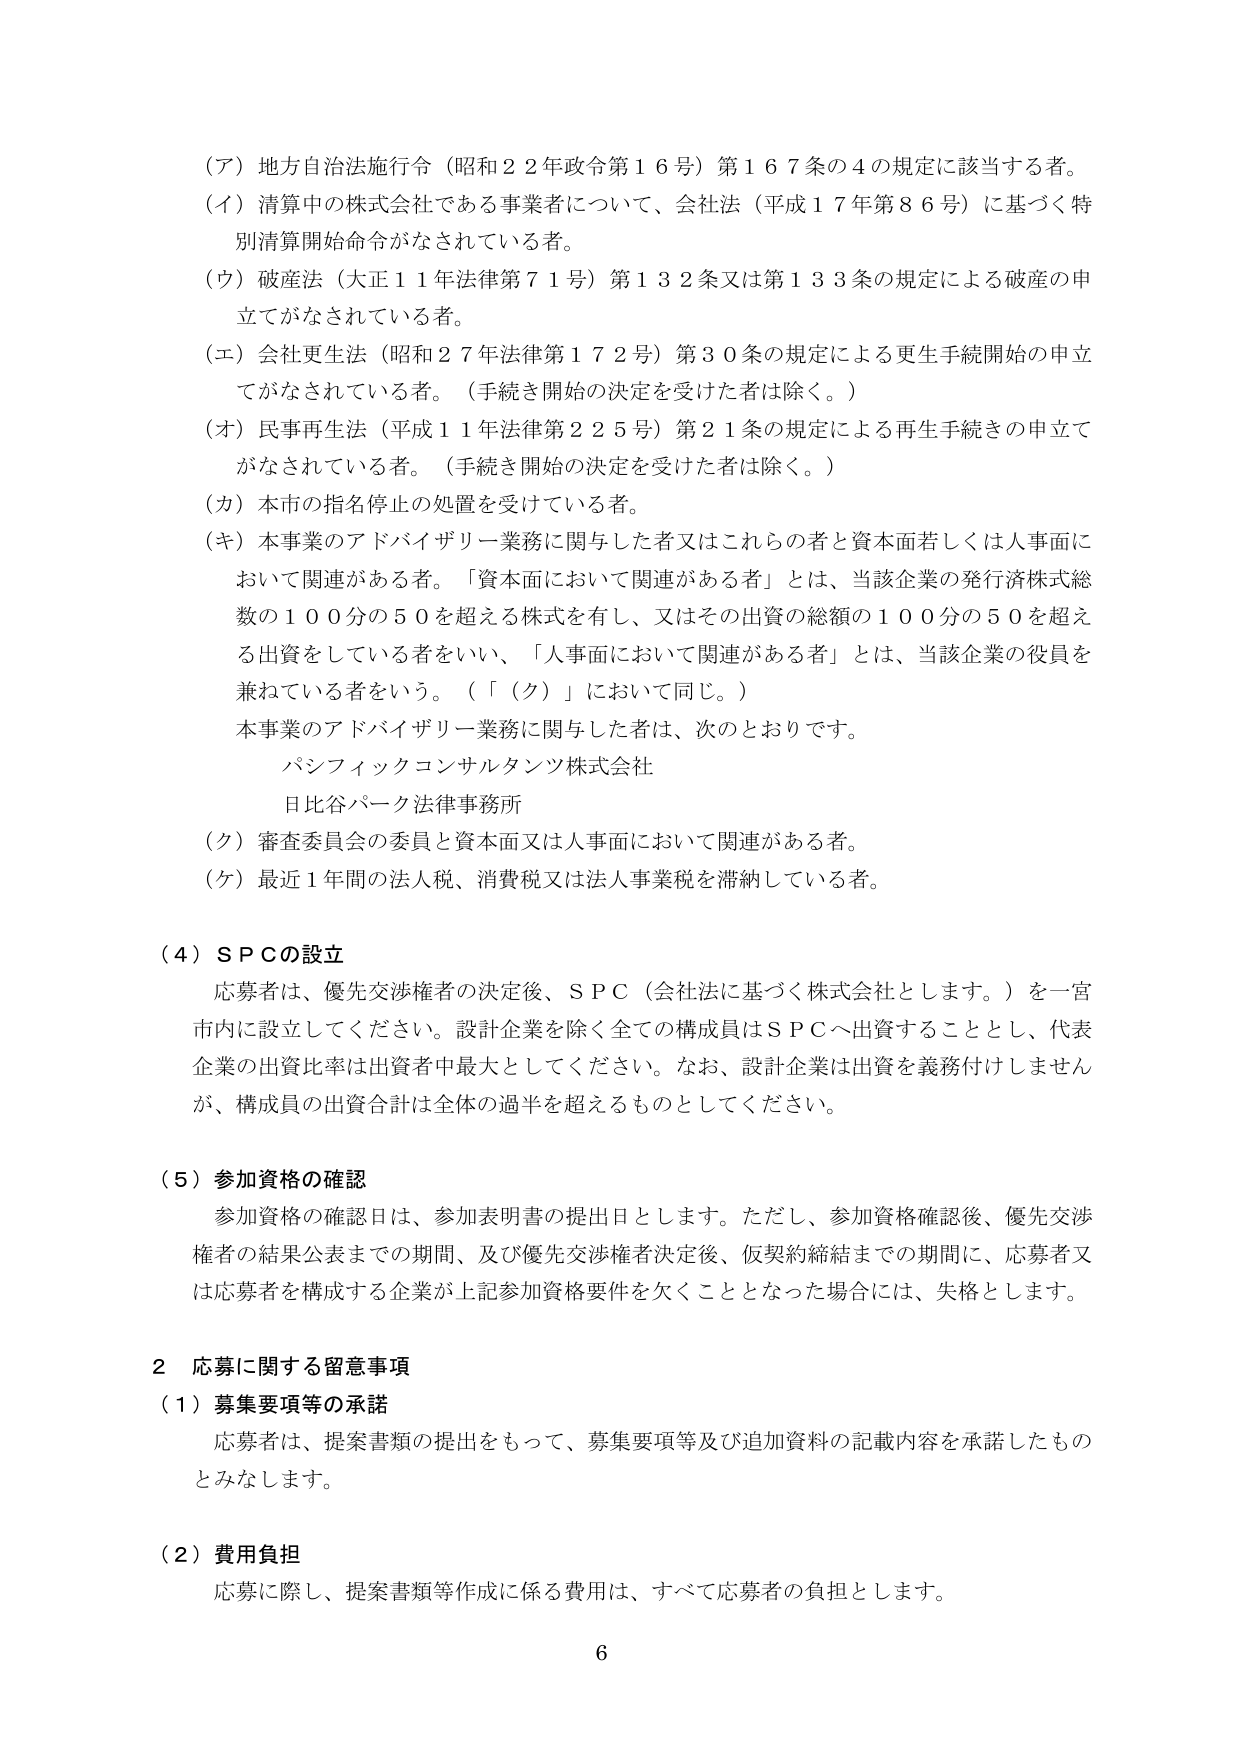
（ア）地方自治法施行令（昭和２２年政令第１６号）第１６７条の４の規定に該当する者。
（イ）清算中の株式会社である事業者について、会社法（平成１７年第８６号）に基づく特別清算開始命令がなされている者。
（ウ）破産法（大正１１年法律第７１号）第１３２条又は第１３３条の規定による破産の申立てがなされている者。
（エ）会社更生法（昭和２７年法律第１７２号）第３０条の規定による更生手続開始の申立てがなされている者。（手続き開始の決定を受けた者は除く。）
（オ）民事再生法（平成１１年法律第２２５号）第２１条の規定による再生手続きの申立てがなされている者。（手続き開始の決定を受けた者は除く。）
（カ）本市の指名停止の処置を受けている者。
（キ）本事業のアドバイザリー業務に関与した者又はこれらの者と資本面若しくは人事面において関連がある者。「資本面において関連がある者」とは、当該企業の発行済株式総数の１００分の５０を超える株式を有し、又はその出資の総額の１００分の５０を超える出資をしている者をいい、「人事面において関連がある者」とは、当該企業の役員を兼ねている者をいう。（「（ク）」において同じ。）
本事業のアドバイザリー業務に関与した者は、次のとおりです。
　パシフィックコンサルタンツ株式会社
　日比谷パーク法律事務所
（ク）審査委員会の委員と資本面又は人事面において関連がある者。
（ケ）最近１年間の法人税、消費税又は法人事業税を滞納している者。

（４）ＳＰＣの設立
　応募者は、優先交渉権者の決定後、ＳＰＣ（会社法に基づく株式会社とします。）を一宮市内に設立してください。設計企業を除く全ての構成員はＳＰＣへ出資することとし、代表企業の出資比率は出資者中最大としてください。なお、設計企業は出資を義務付けませんが、構成員の出資合計は全体の過半を超えるものとしてください。

（５）参加資格の確認
　参加資格の確認日は、参加表明書の提出日とします。ただし、参加資格確認後、優先交渉権者の結果公表までの期間、及び優先交渉権者決定後、仮契約締結までの期間に、応募者又は応募者を構成する企業が上記参加資格要件を欠くこととなった場合には、失格とします。

２ 応募に関する留意事項
（１）募集要項等の承諾
　応募者は、提案書類の提出をもって、募集要項等及び追加資料の記載内容を承諾したものとみなします。

（２）費用負担
　応募に際し、提案書類等作成に係る費用は、すべて応募者の負担とします。

６